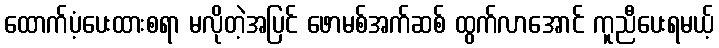
ထောက်ပံ့ပေးထားစရာ မလိုတဲ့အပြင် ဖောမစ်အက်ဆစ် ထွက်လာအောင် ကူညီပေးရမယ့်